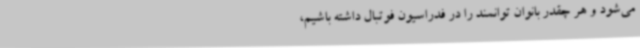
می‌شود و هر چقدر بانوان توانمند را در فدراسیون فوتبال داشته باشیم،